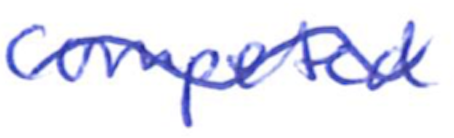
Text: competed
Cross-out: wave
Writing tool: ballpoint